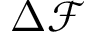
\Delta \mathcal { F }